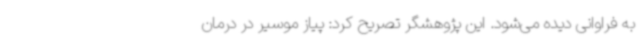
به فراوانی دیده می‌شود. این پژوهشگر تصریح کرد: پیاز موسیر در درمان